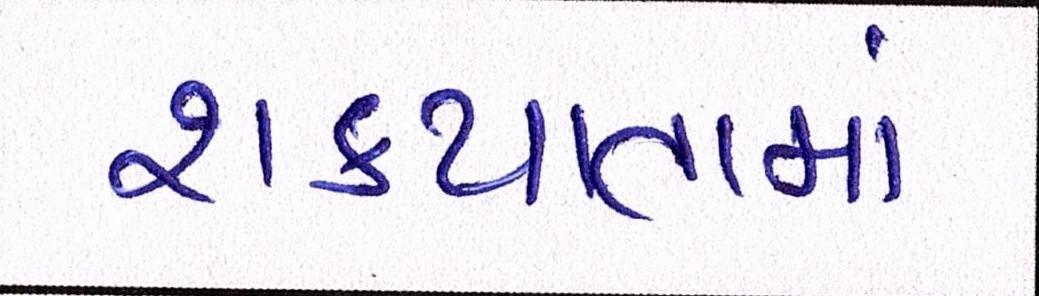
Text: શકયતામાં